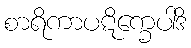
စာရိကာပဋိက္ခေပါဒိ